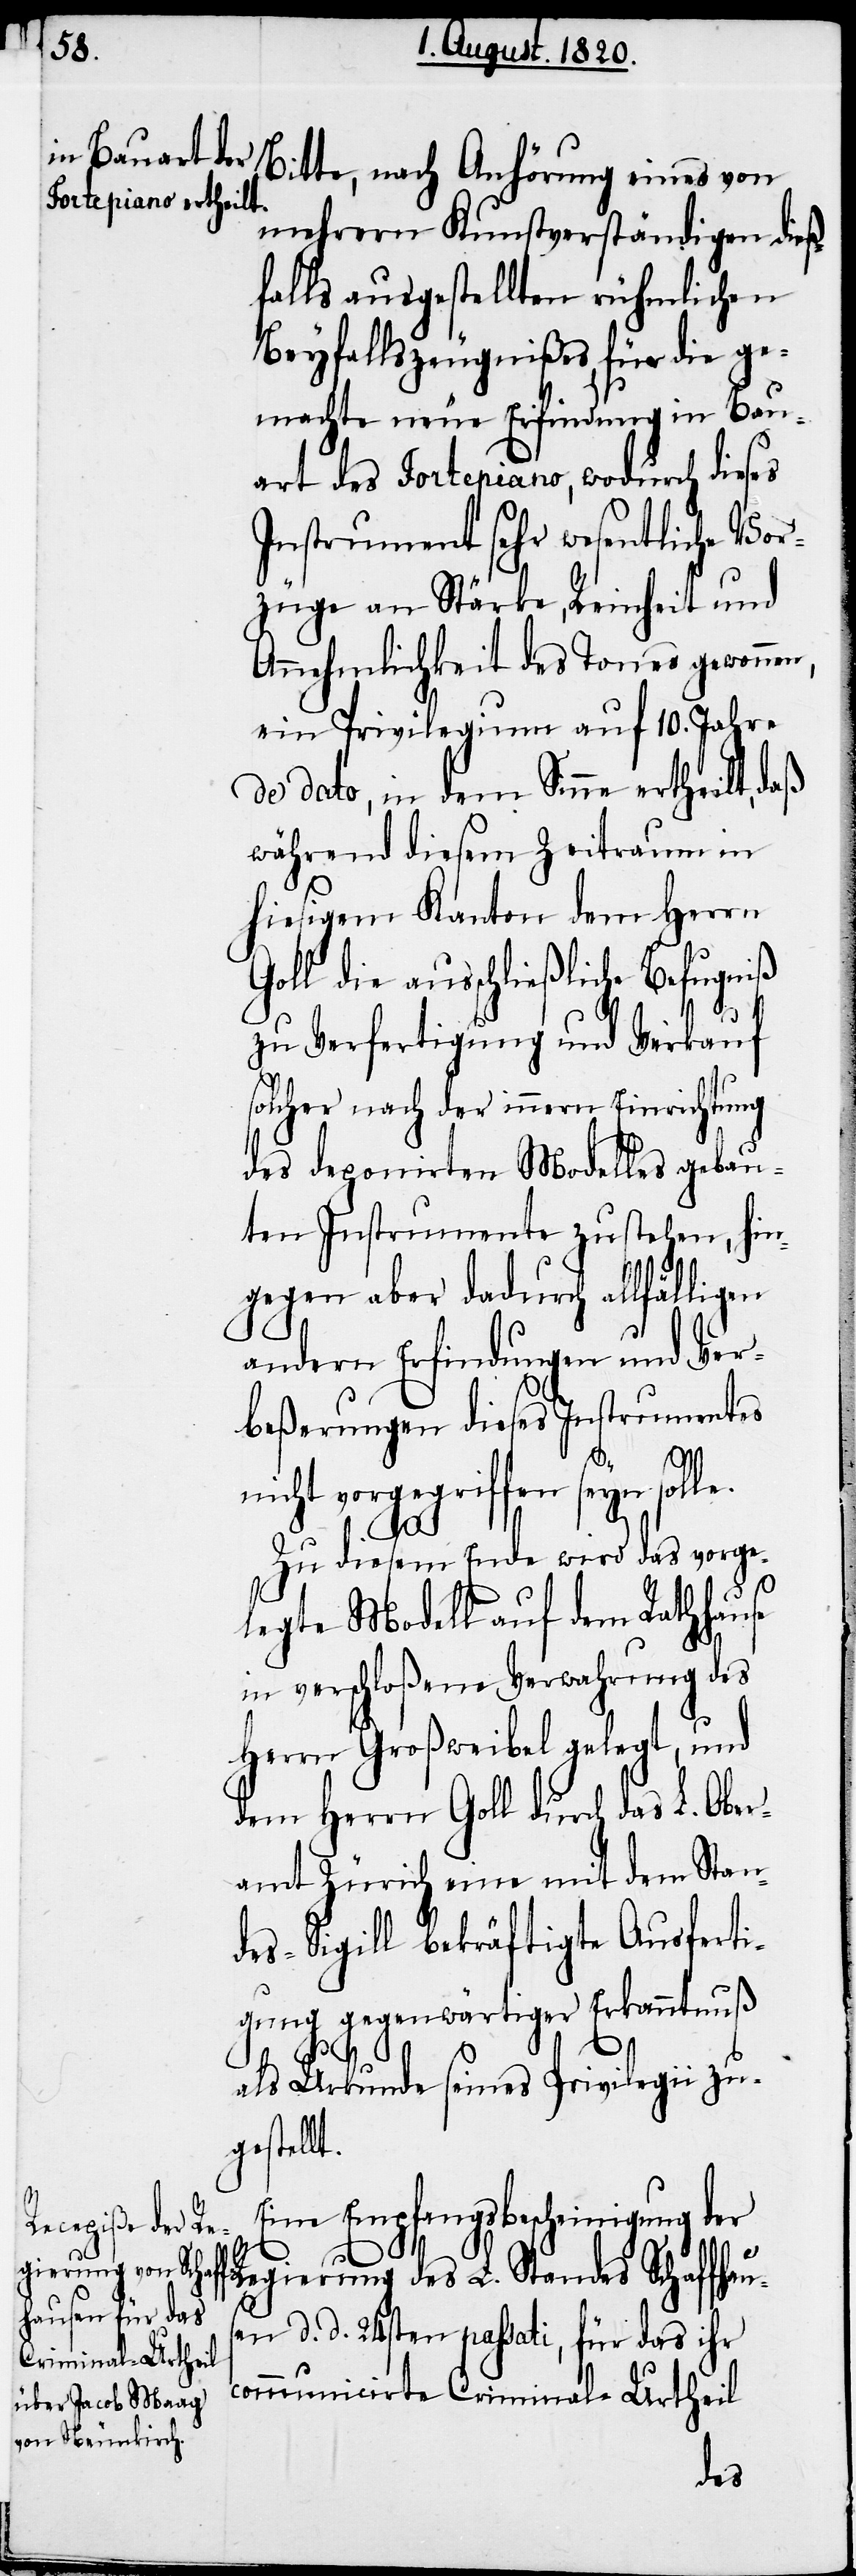
Bitte, nach Anhörung eines von
mehrern Kunstverständigen dieß¬
falls ausgestellten rühmlichen
Beyfallszeugnißes für die ge¬
machte neue Erfindung in Bau¬
art des Fortepiano, wodurch dieses
Instrument sehr wesentlich Vor¬
züge an Stärke, Reinheit und
Annehmlichkeit des Tones gewonnen,
ein Privilegium auf 10. Jahre
de dato, in dem Sinne ertheilt, daß
während diesem Zeitraum in
hiesigem Kanton dem Herrn
Goll die ausschließliche Befugniß
zu Verfertigung und Verkauf
solcher nach der innern Einrichtung
des deponirten Modelles gebau¬
ten Instrumente zustehen, hin¬
gegen aber dadurch allfälligen
andern Erfindungen und Ver¬
beßerungen dieses Instrumentes
nicht vorgegriffen seyn solle.
Zu diesem Ende wird das vorge¬
s¬
legte Modell auf dem Rathhause
in verschloßene Verwahrung des
Herrn Großweibel gelegt, und
dem Herrn Goll durch das L. Ober¬
amt Zürich eine mit dem Stan¬
des-Sigill bekräftigte Ausferti¬
gung gegenwärtiger Erkanntnuß
als Urkunde seines Privilegii zu¬
gestellt.
Eine Empfangsbescheinigung der
Regierung des L. Standes Schaffhau¬
en d. d. 24sten passati, für das ihr
communicirte Criminal-Urtheil